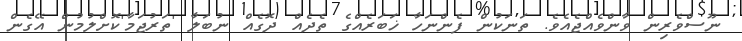
ނޫސްވެރިން ވާންވެއްޖެއެވެ. ތަނަކުން ފެންނަހާ ޚަބަރެއްގެ ތެދެއް ދޮގެއް ނުބަލާ 'ތަރުޖަމާ'ކޮށްލުމުން އޭގެން